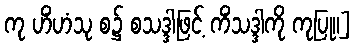
ကု ဟိံဟံသု စ၌ စသဒ္ဒါဖြင့် ကိံသဒ္ဒါကို ကုပြု။]